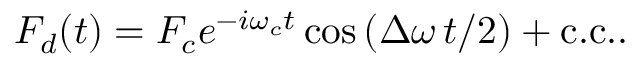
\begin{array} { r } { F _ { d } ( t ) = F _ { c } e ^ { - i \omega _ { c } t } \cos { \left( \Delta \omega \, t / 2 \right) } + \mathrm { c . c . } . } \end{array}